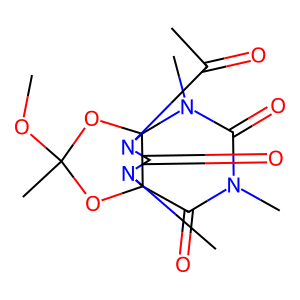
SMILES: COC1(C)OC23C(=O)N(C)C(=O)N(C)C2(O1)N(C(C)=O)C(=O)N3C
Inhibits HIV replication: No